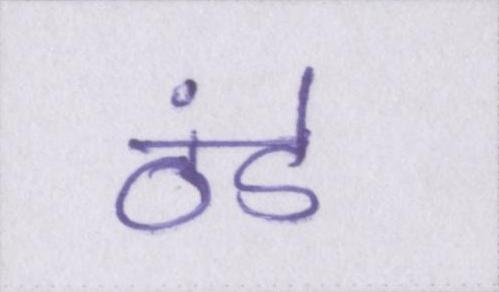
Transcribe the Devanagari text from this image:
ठंडे